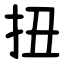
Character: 扭